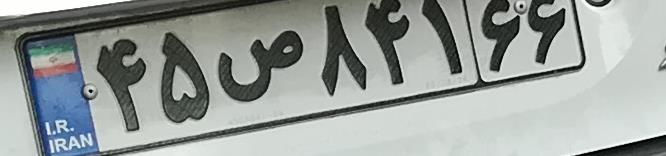
۴۵ص۸۴۱۶۶